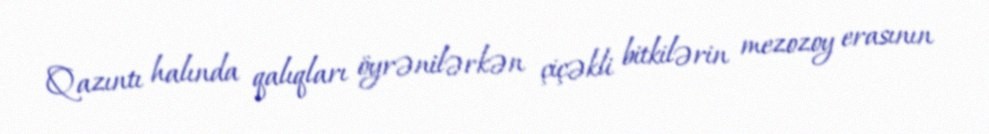
Qazıntı halında qalıqları öyrənilərkən çiçəkli bitkilərin mezozoy erasının